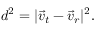
d ^ { 2 } = | \vec { v } _ { t } - \vec { v } _ { r } | ^ { 2 } .